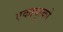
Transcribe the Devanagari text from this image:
एकापुल्को